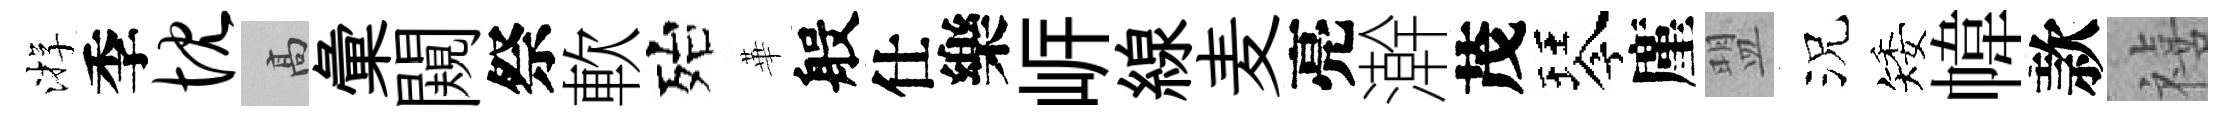
㳺季忱高彙闚祭軟殆華般仕樂㟁線麦亮澣茂琴廑盟況矮幃款禧